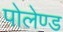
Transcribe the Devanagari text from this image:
पोलेण्ड